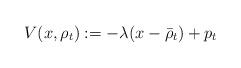
LaTeX: \begin{align*} V(x,\rho_t):= -\lambda (x - \bar\rho_t)+ p_t \end{align*}